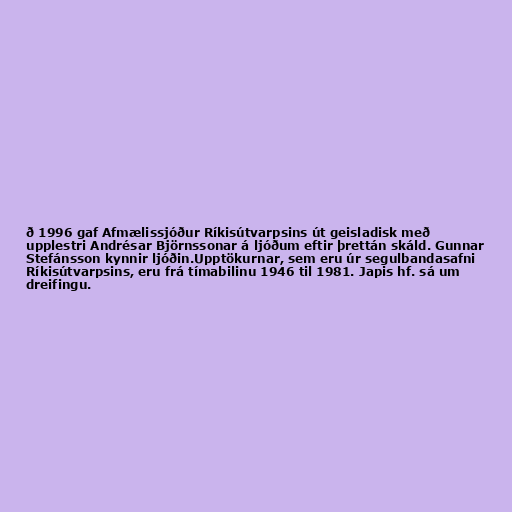
ð 1996 gaf Afmælissjóður Ríkisútvarpsins út geisladisk með
upplestri Andrésar Björnssonar á ljóðum eftir þrettán skáld. Gunnar
Stefánsson kynnir ljóðin.Upptökurnar, sem eru úr segulbandasafni
Ríkisútvarpsins, eru frá tímabilinu 1946 til 1981. Japis hf. sá um
dreifingu.